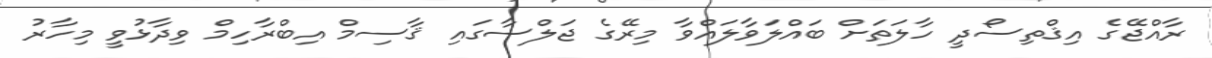
ރާއްޖޭގެ އިޤްތިސޯދީ ހާލަތަށް ބައްލަވާލައްވާ މިރޭގެ ޖަލްސާގައި ޤާސިމް އިބްރާހިމް ވިދާޅުވީ މިހާރު